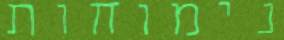
נימוחות